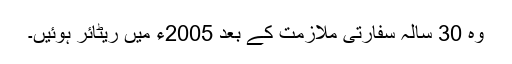
وہ 30 سالہ سفارتی ملازمت کے بعد 2005ء میں ریٹائر ہوئیں۔